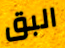
البق